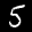
Label: 5